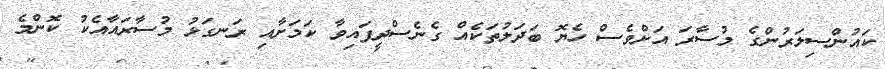
ކައުންސިލަރުންގެ މުސާރަ އަށްވެސް ހެޔޮ ބަދަލުތަކެއް ގެނެސްދީފައިވާ ކަމަށާއި ރަނގަޅު މުސާރައާއެކު ކޮންމެ